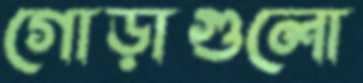
গোড়াগুলো